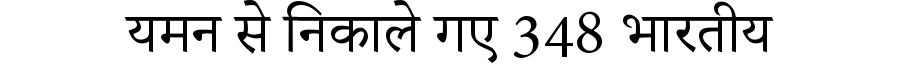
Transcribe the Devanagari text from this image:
यमन से निकाले गए 348 भारतीय